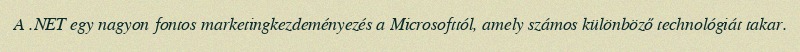
A .NET egy nagyon fontos marketingkezdeményezés a Microsofttól, amely számos különböző technológiát takar.